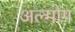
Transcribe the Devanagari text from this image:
अल्मोग